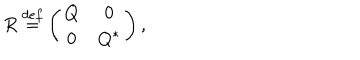
LaTeX: R \stackrel { d e f } { = } \left( \begin{array} { c c c c r } { { Q } } & { { 0 } } \\ { { 0 } } & { { Q ^ { * } } } \\ \end{array} \right) ,